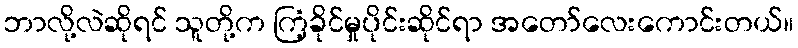
ဘာလို့လဲဆိုရင် သူတို့က ကြံ့ခိုင်မှုပိုင်းဆိုင်ရာ အတော်လေးကောင်းတယ်။